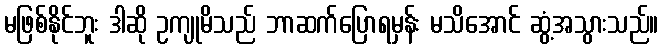
မဖြစ်နိုင်ဘူး ဒါဆို ဥကျုမိသည် ဘာဆက်ပြောရမှန်း မသိအောင် ဆွံ့အသွားသည်။